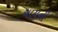
ચાયની